Medical and sanitary report of the native army of Bengal for the year
Year: 1878
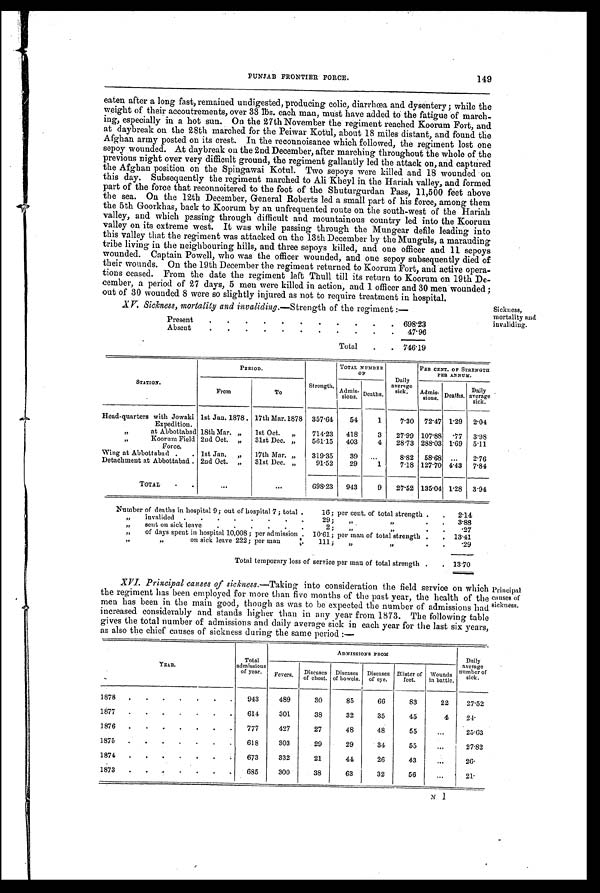
PUNJAB FRONTIER FORCE.
149
eaten after a long fast, remained undigested, producing colic, have and dysentery; while the
weight of their accoutrements, over 33 lbs. each man, must have added to the fatigue of march-
ing, especially in a hot sun. On the 27th November the regiment reached Koorum Fort, and
at daybreak on the 28th marched for the Peiwar Kotul, about 18 miles distant, and found the
Afghan army posted on its crest. In the reconnoisance which followed, the regiment lost one
sepoy wounded. At daybreak on the 2nd December, after marching throughout the whole of the
previous night over very difficult ground, the regiment gallantly led the attack on, and captured
the Afghan position on the Spingawai Kotul. Two sepoys were killed and 18 wounded on
this day. Subsequently the regiment marched to Ali Kheyl in the Hariah valley, and formed
part of the force that reconnoitered to the foot of the Shuturgurdan Pass, 11,500 feet above
the sea. On the 12th December, General Roberts led a small part of his force, among them
the 5th Goorkhas, back to Koorum by an unfrequented route on the south-west Of the Hariah
valley, and which passing through difficult and mountainous country led into the Koorum
valley on its extreme west. It was while passing through the Mungear defile leading into
this valley that the regiment was attacked on the 13th December by the Munguls, a marauding
tribe living in the neighbouring hills, and three sepoys killed, and one officer and 11 sepoys
wounded. Captain Powell, who was the officer wounded, and one sepoy subsequently died of
their wounds. On the 19th December the regiment returned to Koorum Fort, and active opera
-tions ceased. From the date the regiment left Thull till its return to Koorum on 19th De
-cember, a period of 27 days, 5 men were killed in action, and 1 officer and 30 men wounded
out of 30 wounded 8 were so slightly injured as not to require treatment in hospital.
X V. Sickness, mortality and invaliding . —Strength of the regiment:—
Present
.
.
.
.
.
.
.
.
.
.
. 698.23
Absent
.
.
.
.
.
. .
.
.
.
. 47.96
Total
.
. 746.19
Sickness,
mortality and
invaliding.
STATION.
PERIOD.
Strength.
TOTAL NUMB
ER OF Daily
avenge
sick.
PERCENT. OF STRENGTH
PER ANNUM.
From
To
Admis-
s i ons .
Deaths,
Admis-
sions. Deaths.
Daily
aveage
sick.
Head-quarters with Jowaki
Expedition.
1st Jan. 1878 . 17th Mar. 1878 357.64
54
1
7.30 72.47 1.29 2.04
,,
at Abbottabad 18th Mar. „ 1st Oct. „
714.23 418
3
27.99 107.88 77 3.98
Koorum Field
Force.
2nd Oct. „ 31st Dec. „
561.15 403
4 28.73 288.03 1.69 5.11
Wing at Abbottabad . . 1st Jan. „ 17th Mar. „
319.35
39 ...
8.82 58.68 ...
2.76
Detachment at Abbottabad 2nd Oct. „ 31st Dec. „
91.52
29
1
7.18 127.70 4.43 7.84
TOTAL
. .
. . .
. . .
698.23 943
9 27.52 135.04 1.28 3.94
Number of deaths in hospital 9; out of hospital 7; total .
16; per cent. of total strength . . 2.14
„
invalided .
. . .
.
.
. .
29;
, ,
,,
. .
. . 3.88
„
sent on sick leave
. .
. . .
.
.
..
2; „
, ,
.,,
, , .
27
„
of days spent in hospital 10,008; per admission . 10.61 ; per man of total strength . . 13.41
”
on sick leave 222; per man
:.. 111;
„
, ,
. .
29
Total temporary loss of service per man of total strength .
. 13.70
XVI. Principal causes of sickness. —Taking into consideration the field service on which
the regiment has been employed for more than five months of the past year, the health of the
men has been in the main good, though as was to be expected the number of admissions had
increased considerably and stands higher than in any year from 1873. The following table
gives the total number of admissions and daily average sick in each year for the last six years,
as also the chief causes of sickness during the same period :—
Principal
causes of
sickness.
YEAR.
Total
admissions
of year.
A D M I S S I O N S F R O M
Daily
average
number of
si ck.
Fevers.
D i s e a s e s o f c h e s t .
D i s e a s e s o f b o w e l s .
D i s e a s e s o f e y e .
B l i s t e r o f f e e t .
W o u n d s i n b a t t l e .
1878
. . .
.
.
. .
943
489
30
85
66
83
22
27.52
1877
. . . .
.
. .
614
301
38
32
35
45
4
24
1876 .
.
.
.
.
.
. 777
427
27
48
48
5
...
25.63
1875 .
.
. .
.
.
.
618
303
29
29
34
5
...
27.82
1874 .
.
.
.
.
.
. 673
332
21
44
26
4
...
2 6 .
1873 . .
.
.
. . .
685
300
38
63
32
5
...
2 1 .
N 1